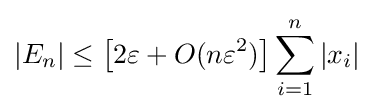
|E_{n}|\leq {\big [}2\varepsilon +O(n\varepsilon ^{2}){\big ]}\sum _{i=1}^{n}|x_{i}|